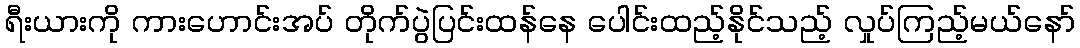
ရီးယားကို ကားဟောင်းအပ် တိုက်ပွဲပြင်းထန်နေ ပေါင်းထည့်နိုင်သည့် လှုပ်ကြည့်မယ်နော်